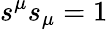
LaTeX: s^{\mu}s_{\mu}=1